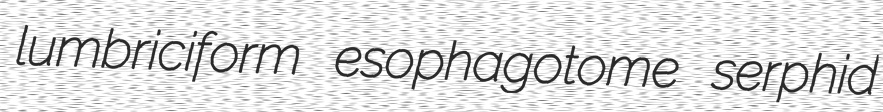
lumbriciform esophagotome serphid